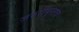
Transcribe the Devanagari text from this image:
जरुरीपुरतेच